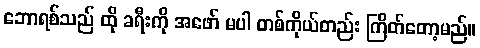
ဘောရစ်သည် ထို ခရီးကို အဖော် မပါ တစ်ကိုယ်တည်း ကြိတ်တော့မည်။